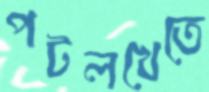
পটলখেতে